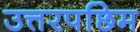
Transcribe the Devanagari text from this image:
उत्तरपछिम